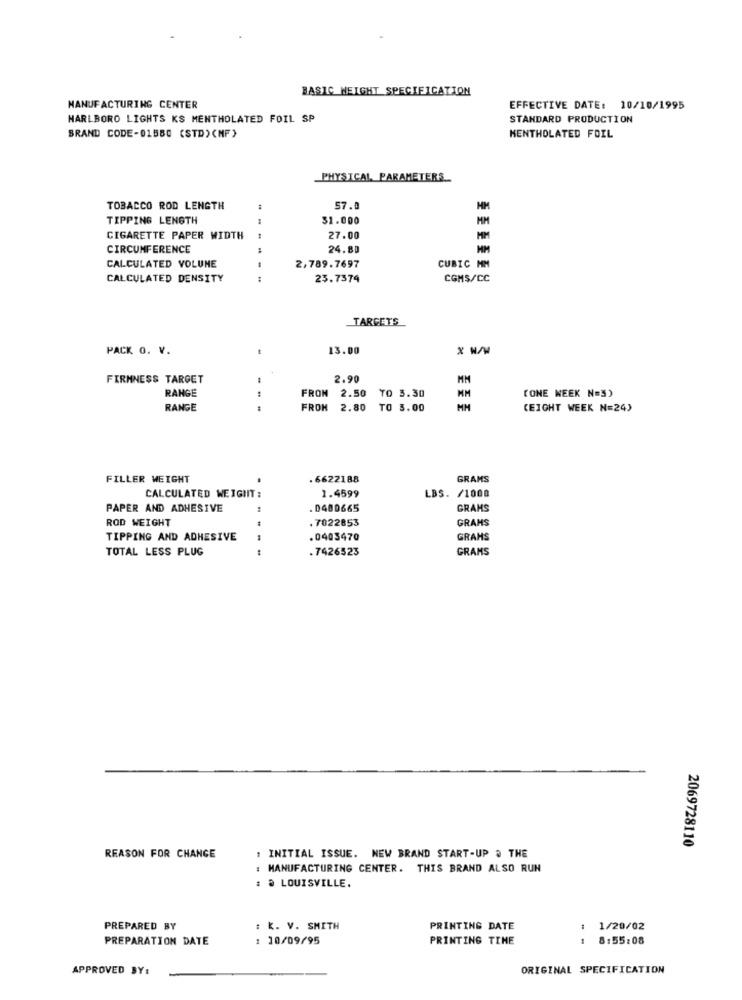
BASIC HEIGHT SPECIFICATION
MANUFACTURING CENTER
EFFECTIVE DATE: 10/10/1995
MARLBORO LIGHTS KS MENTHOLATED FOIL SP
STANDARD PRODUCTION
BRAND CODE-01580 (STD) (MF )
MENTHOLATED FOIL
PHYSICAL PARAMETERS
TOBACCO ROD LENGTH
57.0
HM
TIPPING LENGTH
1
$1.000
MM
CIGARETTE PAPER WIDTH
27.00
MM
CIRCUMFERENCE
:
24.80
2,789.7697
CALCULATED VOLUME
CUBIC MM
CALCULATED DENSITY
:
23.7374
CGMS/CC
TARGETS
PACK O. V.
13.00
FIRMNESS TARGET
.
2.90
FROM
2.50
RANGE
TO 3.30
MM
(ONE WEEK N=5)
RANGE
FROM
2.80 TO 3.00
MH
(EIGHT WEEK N=24)
FILLER WEIGHT
.
. 6622188
GRAMS
CALCULATED WEIGHT:
1.4599
LBS. /1000
PAPER AND ADHESIVE
.0480665
GRAMS
ROD WEIGHT
. 7022853
GRAMS
TIPPING AND ADHESIVE
.0403470
GRAMS
TOTAL LESS PLUG
.7426523
GRAMS
2069728110
REASON FOR CHANGE
: INITIAL ISSUE. NEW BRAND START-UP . THE
: MANUFACTURING CENTER. THIS BRAND ALSO RUN
LOUISVILLE.
PREPARED BY
: k. V. SMITH
PRINTING DATE
1/20/02
PREPARATION DATE
: 10/09/95
PRINTING TIME
8:55:08
APPROVED BY:
ORIGINAL SPECIFICATION